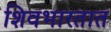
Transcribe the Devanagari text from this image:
शिवभारतात